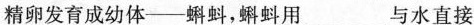
受精卵发育成幼体—蝌蚪，蝌蚪用___与水直接